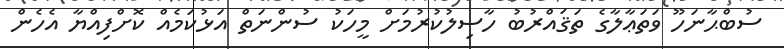
ސުބްޙާނަހޫ ވަތަޢާލާގެ ތަޤައްރުބު ހާސިލުކުރުމަށް މީހަކު ސުންނަތް އަޅުކަމެއް ކޮށްފިއްޔާ އެހެން